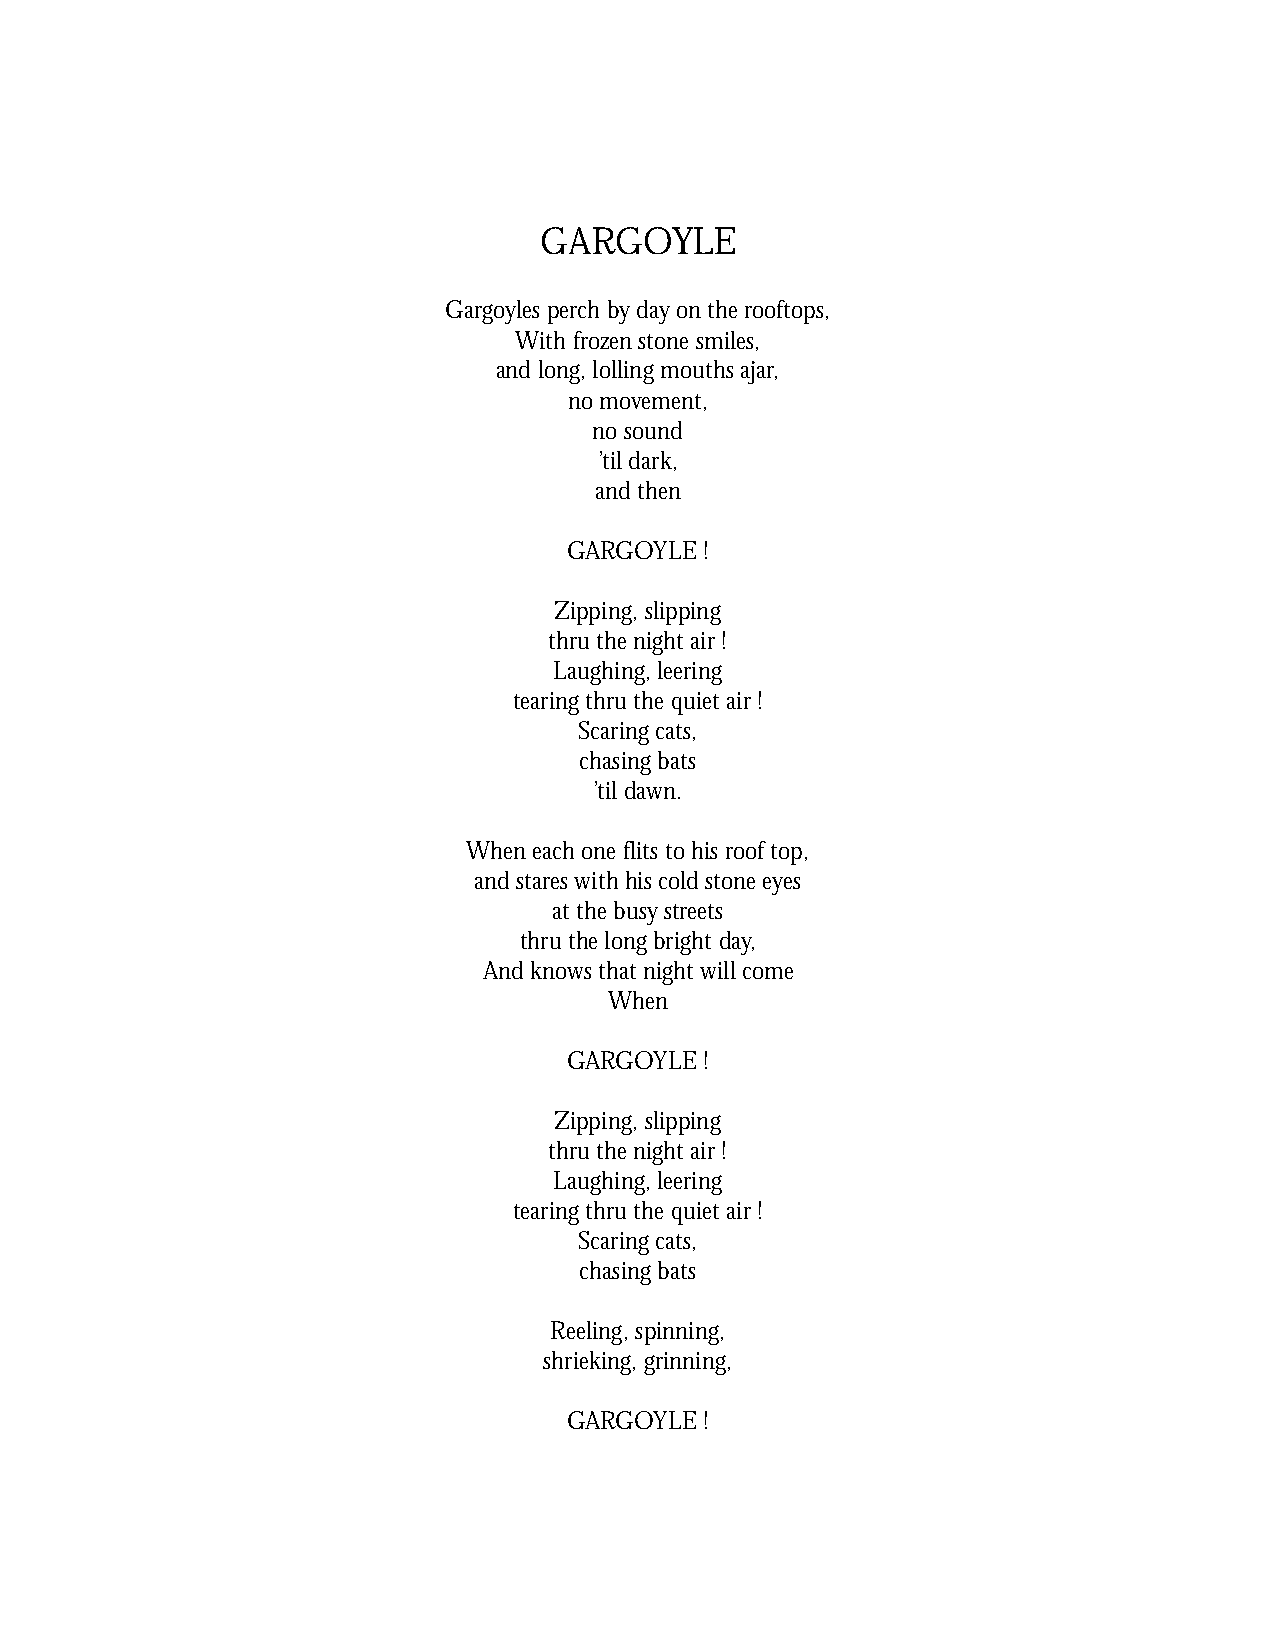
GARGOYLE
 Gargoyles perch by day on the rooftops,
 With frozen stone smiles,
 and long, lolling mouths ajar,
 no movement,
 no sound
 ’til dark,
 and then
 GARGOYLE !
 Zipping, slipping
 thru the night air !
 Laughing, leering
 tearing thru the quiet air !
 Scaring cats,
 chasing bats
 ’til dawn.
 When each one flits to his roof top,
 and stares with his cold stone eyes
 at the busy streets
 thru the long bright day,
 And knows that night will come
 When
 GARGOYLE !
 Zipping, slipping
 thru the night air !
 Laughing, leering
 tearing thru the quiet air !
 Scaring cats,
 chasing bats
 Reeling, spinning,
 shrieking, grinning,
 GARGOYLE !